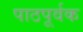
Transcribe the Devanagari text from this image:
पाठपूर्वक